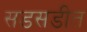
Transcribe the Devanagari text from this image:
सडसडीत